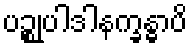
ပဉ္စုပါဒါနက္ခန္ဓာပိ